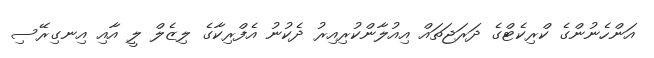
އަންހެނުންގެ ކްރިކެޓްގެ ދަރަޖަތައް އިއުލާންކުރިއިރު ދެކުނު އެފްރިކާގެ ލިޒެލް ލީ އާއި އިނގިރޭސި